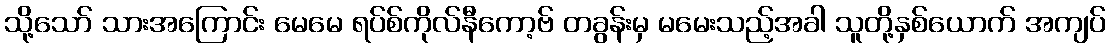
သို့သော် သားအကြောင်း မေမေ ရပ်စ်ကိုလ်နီကော့ဗ် တခွန်းမှ မမေးသည့်အခါ သူတို့နှစ်ယောက် အကျပ်